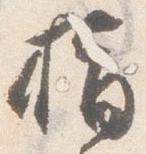
指